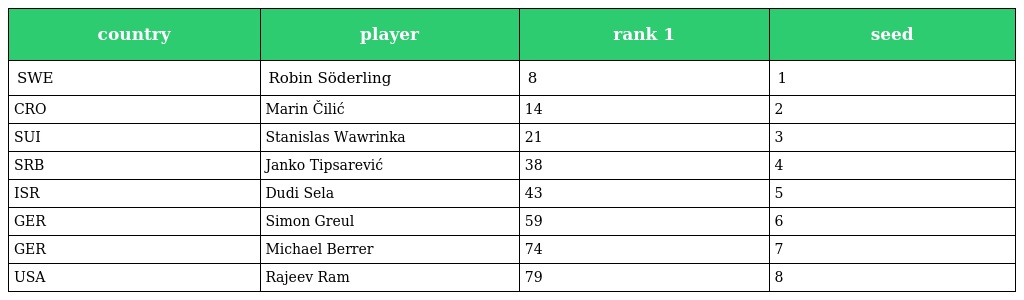
| country | player | rank 1 | seed |
 | --- | --- | --- | --- |
 | SWE | Robin Söderling | 8 | 1 |
 | CRO | Marin Čilić | 14 | 2 |
 | SUI | Stanislas Wawrinka | 21 | 3 |
 | SRB | Janko Tipsarević | 38 | 4 |
 | ISR | Dudi Sela | 43 | 5 |
 | GER | Simon Greul | 59 | 6 |
 | GER | Michael Berrer | 74 | 7 |
 | USA | Rajeev Ram | 79 | 8 |